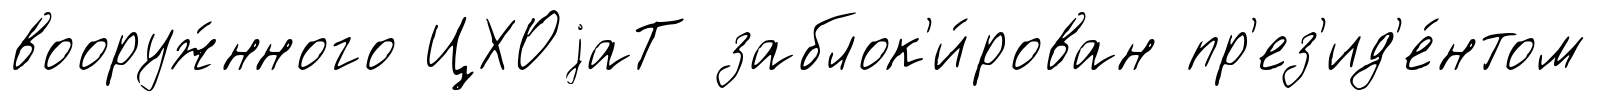
вооруж́нного ЦХОjаТ заблок'и́рован пр'ез'ид'е́нтом